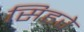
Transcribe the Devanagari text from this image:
सिहरे